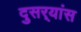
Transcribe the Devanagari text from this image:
दुसर्‍यांस